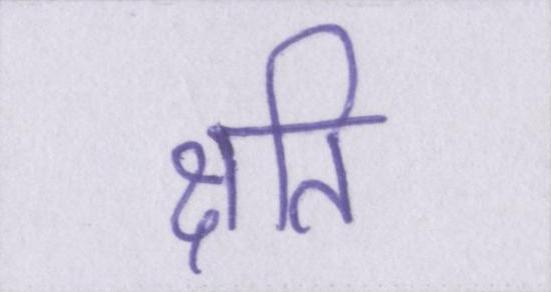
क्षति